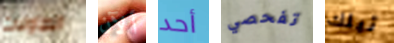
الطاولات ألآن أحد تفحصي تيلك